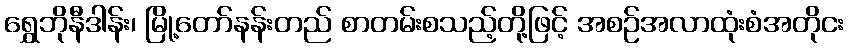
ရွှေဘိုနီဒါန်း၊ မြို့တော်နန်းတည် စာတမ်းစသည့်တို့ဖြင့် အစဉ်အလာထုံးစံအတိုငး